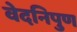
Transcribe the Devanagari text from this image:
वेदनिपुण